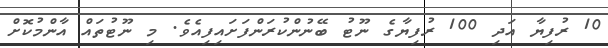
10 ރުފިޔާ އަދި 100 ރުފިޔާގެ ނޫޓު ބޭނުންކުރަންފަށައިފިއެވެ. މި ނޫޓުތައް އާންމުކޮށް